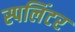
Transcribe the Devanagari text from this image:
स्पलिंटर